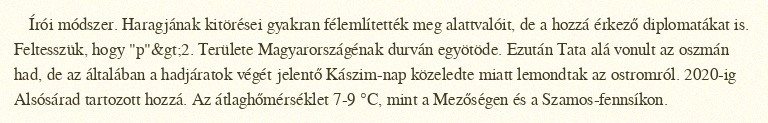
Írói módszer. Haragjának kitörései gyakran félemlítették meg alattvalóit, de a hozzá érkező diplomatákat is. Feltesszük, hogy "p"&gt;2. Területe Magyarországénak durván egyötöde. Ezután Tata alá vonult az oszmán had, de az általában a hadjáratok végét jelentő Kászim-nap közeledte miatt lemondtak az ostromról. 2020-ig Alsósárad tartozott hozzá. Az átlaghőmérséklet 7-9 °C, mint a Mezőségen és a Szamos-fennsíkon.